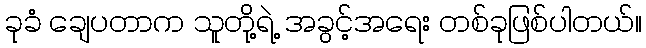
ခုခံ ချေပတာက သူတို့ရဲ့ အခွင့်အရေး တစ်ခုဖြစ်ပါတယ်။